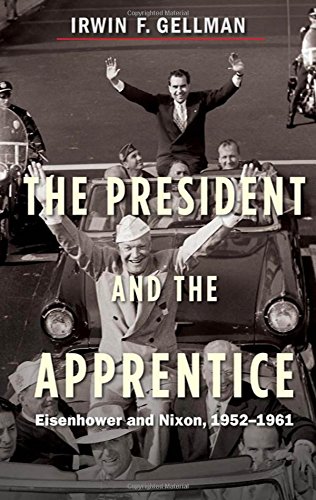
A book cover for The President and the Apprentice: Eisenhower and Nixon, 1952-1961; Irwin F. Gellman; Biographies & Memoirs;